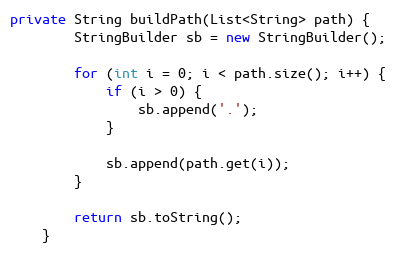
Language: Java
private String buildPath(List<String> path) {
        StringBuilder sb = new StringBuilder();

        for (int i = 0; i < path.size(); i++) {
            if (i > 0) {
                sb.append('.');
            }

            sb.append(path.get(i));
        }

        return sb.toString();
    }